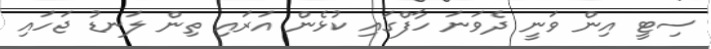
ސިޓީ އިން ވަނީ ދެވަނަ ހާފްގައި ކުޅެން އަަރައި ތިން ލަނޑު ޖަހައި